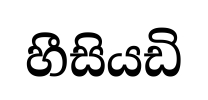
හීසියඩි